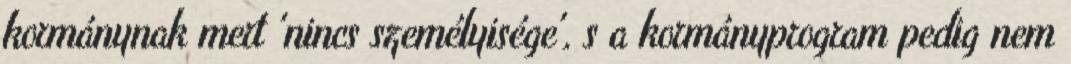
kormánynak mert 'nincs személyisége', s a kormányprogram pedig nem